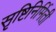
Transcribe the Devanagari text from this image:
सृष्टिनिर्मिती